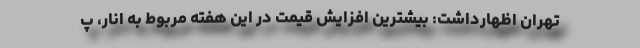
تهران اظهارداشت: بیشترین افزایش قیمت در این هفته مربوط به انار، پ